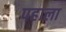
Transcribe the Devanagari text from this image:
पहाला